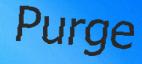
Purge